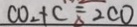
C O _ { 2 } + C ^ { = } _ { \Delta } 2 C O